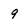
Character: 9